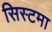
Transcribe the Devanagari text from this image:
सिस्टमा